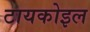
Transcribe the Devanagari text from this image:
टायकोइल